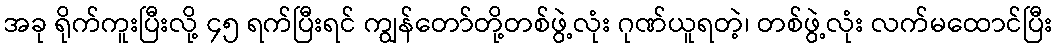
အခု ရိုက်ကူးပြီးလို့ ၄၅ ရက်ပြီးရင် ကျွန်တော်တို့တစ်ဖွဲ့လုံး ဂုဏ်ယူရတဲ့၊ တစ်ဖွဲ့လုံး လက်မထောင်ပြီး